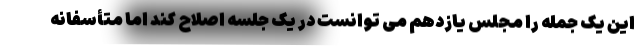
این یک جمله را مجلس یازدهم می توانست در یک جلسه اصلاح کند اما متأسفانه